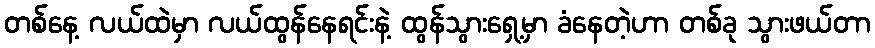
တစ်နေ့ လယ်ထဲမှာ လယ်ထွန်နေရင်းနဲ့ ထွန်သွားရှေ့မှာ ခံနေတဲ့ဟာ တစ်ခု သွားဖယ်တာ